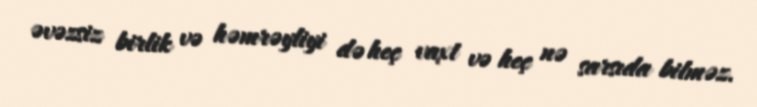
əvəzsiz birlik və həmrəyliyi də heç vaxt və heç nə sarsıda bilməz.